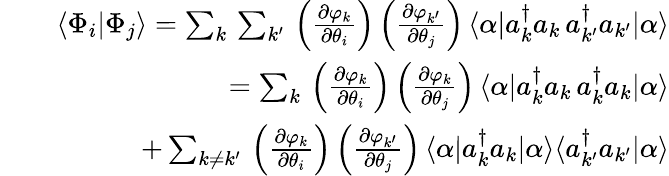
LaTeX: \begin{array}{rlr}&{}&{\langle\Phi_{i}|\Phi_{j}\rangle=\sum_{k}\, \sum_{k^{\prime}}\, \left(\frac{\partial\varphi_{k}}{\partial\theta_{i}}\right)\left(\frac{\partial\varphi_{k^{\prime}}}{\partial\theta_{j}}\right)\, \langle\alpha|a_{k}^{\dagger}a_{k}\, a_{k^{\prime}}^{\dagger}a_{k^{\prime}}|\alpha\rangle}\\ &{}&{=\sum_{k}\, \left(\frac{\partial\varphi_{k}}{\partial\theta_{i}}\right)\left(\frac{\partial\varphi_{k}}{\partial\theta_{j}}\right)\, \langle\alpha|a_{k}^{\dagger}a_{k}\, a_{k}^{\dagger}a_{k}|\alpha\rangle}\\ &{}&{+\sum_{k\ne k^{\prime}}\, \left(\frac{\partial\varphi_{k}}{\partial\theta_{i}}\right)\left(\frac{\partial\varphi_{k^{\prime}}}{\partial\theta_{j}}\right)\, \langle\alpha|a_{k}^{\dagger}a_{k}|\alpha\rangle\langle a_{k^{\prime}}^{\dagger}a_{k^{\prime}}|\alpha\rangle}\end{array}